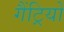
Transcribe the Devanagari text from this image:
गैंट्रियों